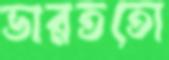
ভারততো